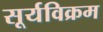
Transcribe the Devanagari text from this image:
सूर्यविक्रम